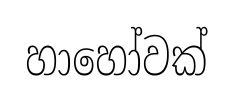
හාහෝවක්